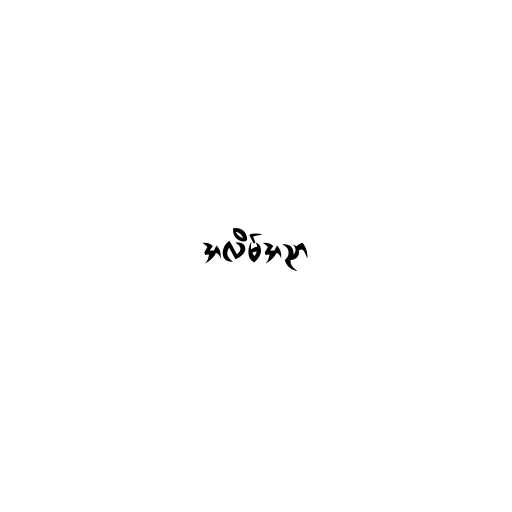
အလိမ်အညာ